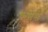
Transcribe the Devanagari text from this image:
कसेसे